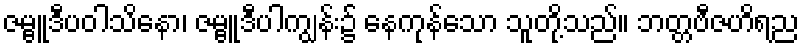
ဇမ္ဗူဒီပဝါသိနော၊ ဇမ္ဗူဒီပါကျွန်း၌ နေကုန်သော သူတို့သည်။ ဘတ္တဗီဇဟိရည